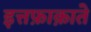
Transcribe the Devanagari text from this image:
इत्तफ़ाक़ाते